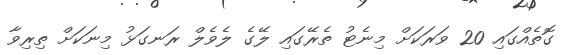
ގޮތެއްގައި 20 ވަރަކަށް މިނެޓު ތެރޭގައި ލޭގެ ލެވެލް ރަނގަޅު މިނަކަށް ތިރިވާ